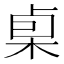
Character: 𰗧